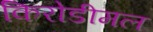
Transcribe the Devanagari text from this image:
किरोडीमल